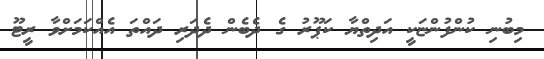
މިބުނި ކުންފުންޏަކީ އަދިތްޔާ ކަޕޫރު ގެ ދެބެން ދެދަރި ދައްތަ އެއްކަމަށްވާ ރީޓޫ